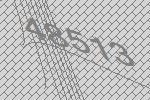
48513